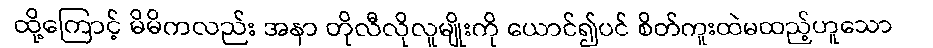
ထို့ကြောင့် မိမိကလည်း အနာ တိုလီလိုလူမျိုးကို ယောင်၍ပင် စိတ်ကူးထဲမထည့်ဟူသော